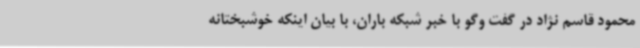
محمود قاسم نژاد در گفت وگو با خبر شبکه باران، با بیان اینکه خوشبختانه